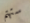
ستهتم